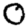
Digit: 0